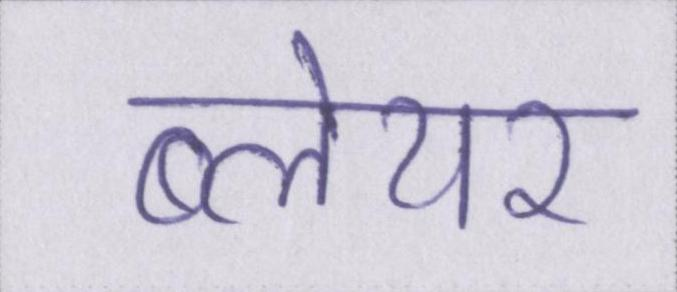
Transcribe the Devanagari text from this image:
ब्लेयर